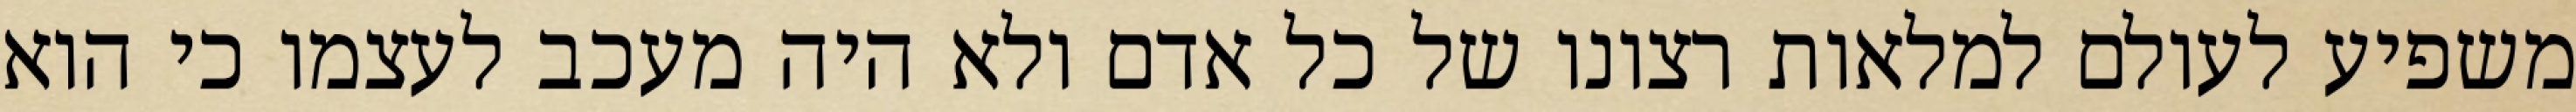
משפיע לעולם למלאות רצונו של כל אדם ולא היה מעכב לעצמו כי הוא